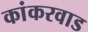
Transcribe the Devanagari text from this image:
कांकरवाड